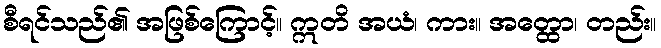
စီရင်သည်၏ အဖြစ်ကြောင့်။ ဣတိ အယံ၊ ကား။ အတ္ထော၊ တည်း။